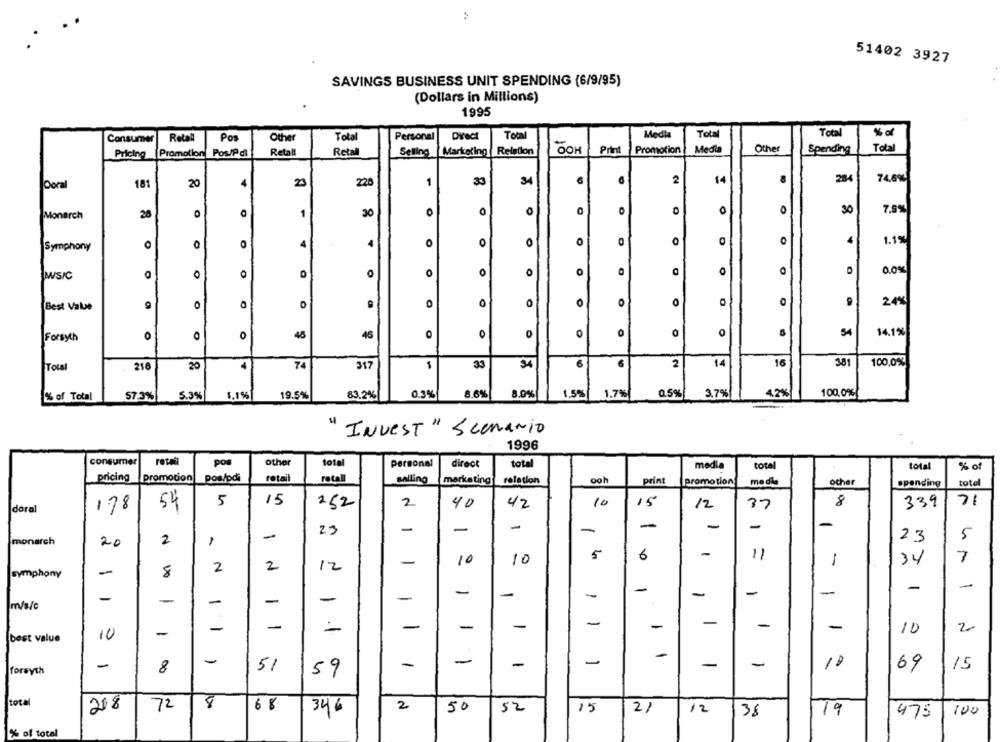
51402 3927
SAVINGS BUSINESS UNIT SPENDING (6/9/95)
(Dollars in Millions)
1995
Media
Total
Total
Consumer
Retal
Pos
Other
Total
Personal
Direct
Total
Promotion
Media
Other
Total
Pricing
Promotion Pos/Pdl
Retall
Retal
Selling
Marketing
Relation
OOH
Print
Spending
8
284
74,6%
Ooral
181
20
23
220
1
33
34
2
14
Monarch
20
O
1
0
0
0
0
30
7.9%
4
1
0
0
0
0
0
1.1%
Symphony
O
O
O
WWSIC
0
O
0
0
O
0
O
O
0.0%
0
0
O
0
24%
Best Value
9
O
0
0
0
54
14.1%
Forsyth
0
0
0
46
0
6
6
2
14
16
381
100,0%
ToLa
216
20
74
317
33
$4
0,3%
8.0%
1,5%
1.7%
0.5%
3,7%
4.2%
100,0%
% of Total
57.3%|
5.3%
1.1%
19.5%
83.2%|
8.6%
INVEST" Scenario
1996
consumer
retali
total
pos
other
Personal
direct
total
media
total
total
% of
pricing
Promotion
Pos/pdi
retail
retall
Balling
marketing
relation
ooh
print
promotion
other
spending
total
5
15
252
2
40
42
10
15
12
37
8
339
71
doral
1.78
54
-
-
-
23
-
-
monarch
2
23
5
20
5
6
-
-
10
10
1
34
7
-
2
2
12
symphony
8
-
-
-
-
-
-
-
-
-
-
-
-
-
-
m/s/c
-
-
-
-
-
-
-
-
-
-
10
2
best value
10
-
-
-
-
-
-
-
-
15
forsyth
8
51
59
69
tota
218
8
72
68
346
2
50
52
15
21
12
38
19
475
100
% of total